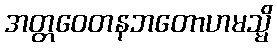
အတ္တဝေတနဘတောဟမသ္မိ